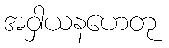
အဝှါယနဟေတု